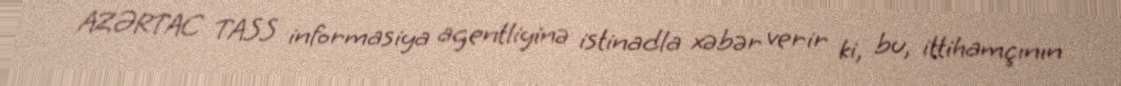
AZƏRTAC TASS informasiya agentliyinə istinadla xəbər verir ki, bu, ittihamçının